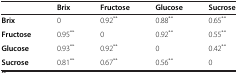
<table><thead><tr><td><b> </b></td><td><b>Brix</b></td><td><b>Fructose</b></td><td><b>Glucose</b></td><td><b>Sucrose</b></td></tr></thead><tbody><tr><td><b>Brix</b></td><td>0</td><td>0.92<sup>**</sup></td><td>0.88<sup>**</sup></td><td>0.65<sup>**</sup></td></tr><tr><td><b>Fructose</b></td><td>0.95<sup>**</sup></td><td>0</td><td>0.92<sup>**</sup></td><td>0.55<sup>**</sup></td></tr><tr><td><b>Glucose</b></td><td>0.93<sup>**</sup></td><td>0.92<sup>**</sup></td><td>0</td><td>0.42<sup>**</sup></td></tr><tr><td><b>Sucrose</b></td><td>0.81<sup>**</sup></td><td>0.67<sup>**</sup></td><td>0.56<sup>**</sup></td><td>0</td></tr></tbody></table>